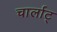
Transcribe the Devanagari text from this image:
चार्लाट्